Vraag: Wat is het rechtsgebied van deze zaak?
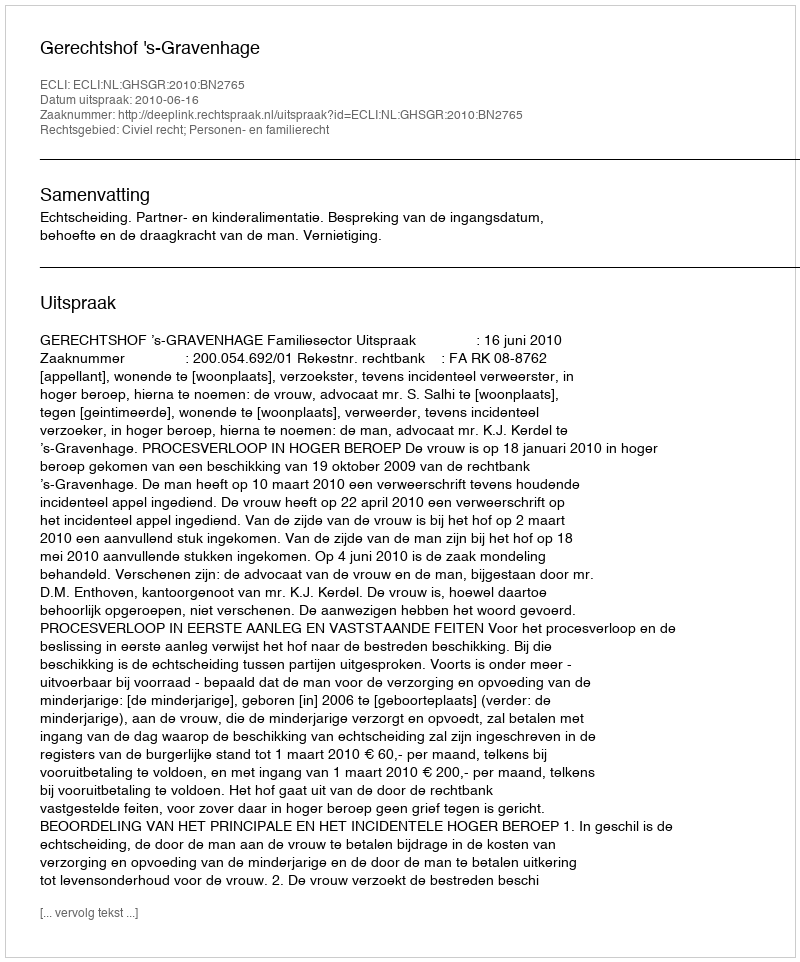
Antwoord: Civiel recht; Personen- en familierecht